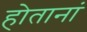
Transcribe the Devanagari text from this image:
होतानां